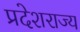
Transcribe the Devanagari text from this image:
प्रदेशराज्य